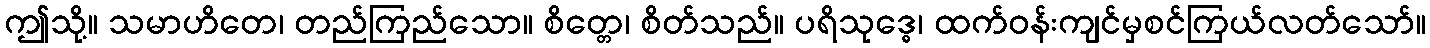
ဤသို့။ သမာဟိတေ၊ တည်ကြည်သော။ စိတ္တေ၊ စိတ်သည်။ ပရိသုဒ္ဓေ၊ ထက်ဝန်းကျင်မှစင်ကြယ်လတ်သော်။